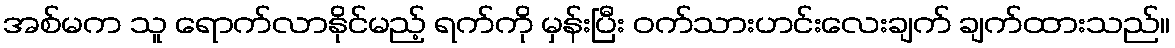
အစ်မက သူ ရောက်လာနိုင်မည့် ရက်ကို မှန်းပြီး ဝက်သားဟင်းလေးချက် ချက်ထားသည်။